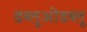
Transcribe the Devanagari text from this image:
डब्लूओडब्लू